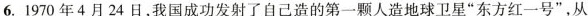
6.1970年4月24日，我国成功发射了自己造的第一颗人造地球卫星“东方红一号”，从